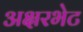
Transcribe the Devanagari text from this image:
अक्षरभेट